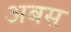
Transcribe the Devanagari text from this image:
अबस